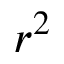
r ^ { 2 }